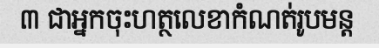
៣ ជាអ្នកចុះហត្ថលេខាកំណត់រូបមន្ត